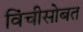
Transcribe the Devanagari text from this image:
विंचीसोबत